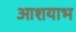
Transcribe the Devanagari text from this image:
आशयाभ